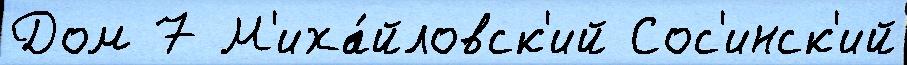
Дом 7 М'иха́йловск'ий Сос'инск'ий